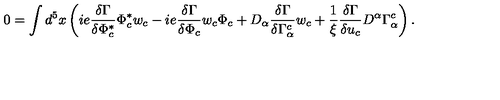
0 = \int d ^ { 5 } x \left( i e \frac { \delta \Gamma } { \delta \Phi _ { c } ^ { * } } \Phi _ { c } ^ { * } w _ { c } - i e \frac { \delta \Gamma } { \delta \Phi _ { c } } w _ { c } \Phi _ { c } + D _ { \alpha } \frac { \delta \Gamma } { \delta \Gamma _ { \alpha } ^ { c } } w _ { c } + \frac { 1 } { \xi } \frac { \delta \Gamma } { \delta u _ { c } } D ^ { \alpha } \Gamma _ { \alpha } ^ { c } \right) .